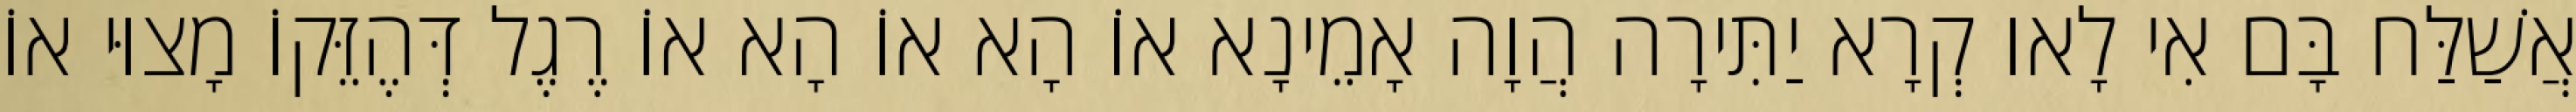
אֲשַׁלַּח בָּם אִי לָאו קְרָא יַתִּירָה הֲוָה אָמֵינָא אוֹ הָא אוֹ הָא אוֹ רֶגֶל דְּהֶזֵּקוֹ מָצוּי אוֹ